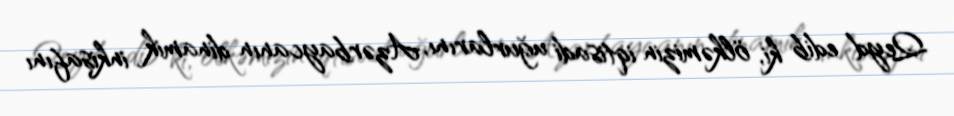
Qeyd edib ki, ölkəmizin iqtisadi uğurlarını, Azərbaycanın dinamik inkişafını